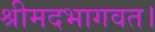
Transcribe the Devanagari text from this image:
श्रीमदभागवत।